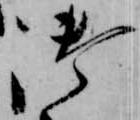
御